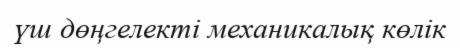
үш дөңгелекті механикалық көлік